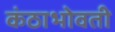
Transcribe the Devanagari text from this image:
कंठाभोवती